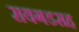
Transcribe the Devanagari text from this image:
रायगडसह